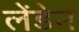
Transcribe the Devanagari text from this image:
लेंडेन